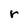
Character: r